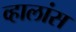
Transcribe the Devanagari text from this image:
व्हालांस